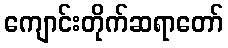
ကျောင်းတိုက်ဆရာတော်